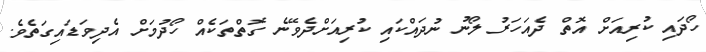
ހޯދައި ކުރިއަށް އޮތް ދެއަހަރު ލޯނު ނުދައްކައި ކުރިއަށްދެވޭނެ ގޮތްތަކެއް ހޯދުމަށް އެދިވަޑައިގަތެވެ.